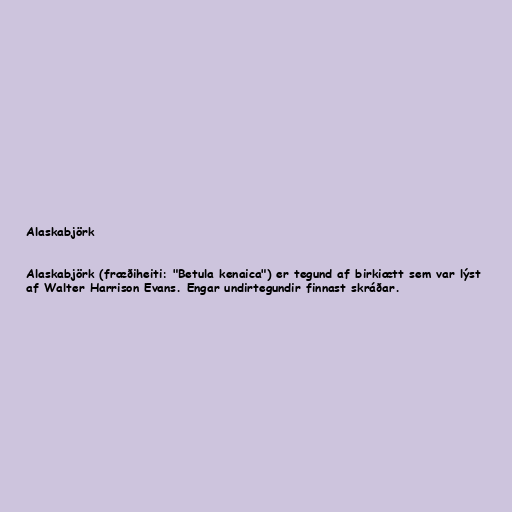
Alaskabjörk

Alaskabjörk (fræðiheiti: "Betula kenaica") er tegund af birkiætt sem var lýst
af Walter Harrison Evans. Engar undirtegundir finnast skráðar.